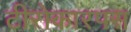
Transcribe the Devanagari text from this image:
टीरोकारपस